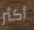
أكثر